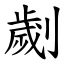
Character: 劌